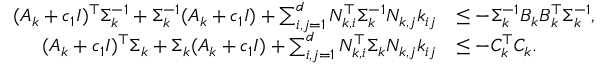
\begin{array} { r l } { ( A _ { k } + c _ { 1 } I ) ^ { \top } \Sigma _ { k } ^ { - 1 } + \Sigma _ { k } ^ { - 1 } ( A _ { k } + c _ { 1 } I ) + \sum _ { i , j = 1 } ^ { d } N _ { k , i } ^ { \top } \Sigma _ { k } ^ { - 1 } N _ { k , j } k _ { i j } } & { \leq - \Sigma _ { k } ^ { - 1 } B _ { k } B _ { k } ^ { \top } \Sigma _ { k } ^ { - 1 } , } \\ { ( A _ { k } + c _ { 1 } I ) ^ { \top } \Sigma _ { k } + \Sigma _ { k } ( A _ { k } + c _ { 1 } I ) + \sum _ { i , j = 1 } ^ { d } N _ { k , i } ^ { \top } \Sigma _ { k } N _ { k , j } k _ { i j } } & { \leq - C _ { k } ^ { \top } C _ { k } . } \end{array}